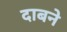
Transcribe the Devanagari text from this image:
दाबने